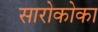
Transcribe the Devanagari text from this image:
सारोकोका